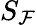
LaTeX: S_{\mathcal{F}}